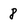
Character: 8